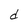
Character: d